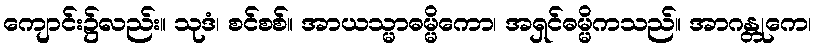
ကျောင်း၌လည်း။ သုဒံ၊ စင်စစ်။ အာယသ္မာဓမ္မိကော၊ အရှင်ဓမ္မိကသည်။ အာဂန္တုကေ၊